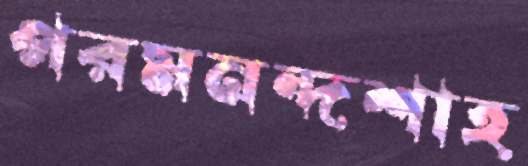
পরমনন্দশাহ